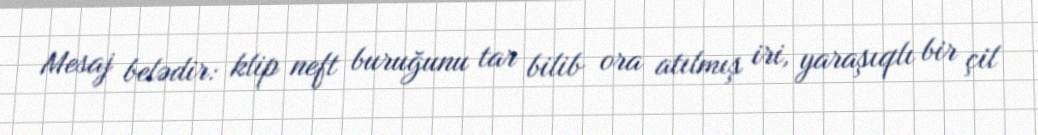
Mesaj belədir: klip neft buruğunu tar bilib ora atılmış iri, yaraşıqlı bir çil